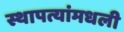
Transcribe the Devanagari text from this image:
स्थापत्यांमधली